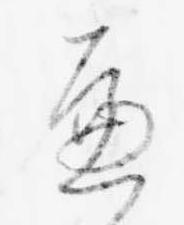
へ